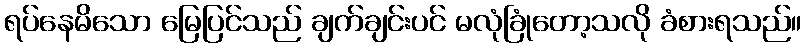
ရပ်နေမိသော မြေပြင်သည် ချက်ချင်းပင် မလုံခြုံတော့သလို ခံစားရသည်။